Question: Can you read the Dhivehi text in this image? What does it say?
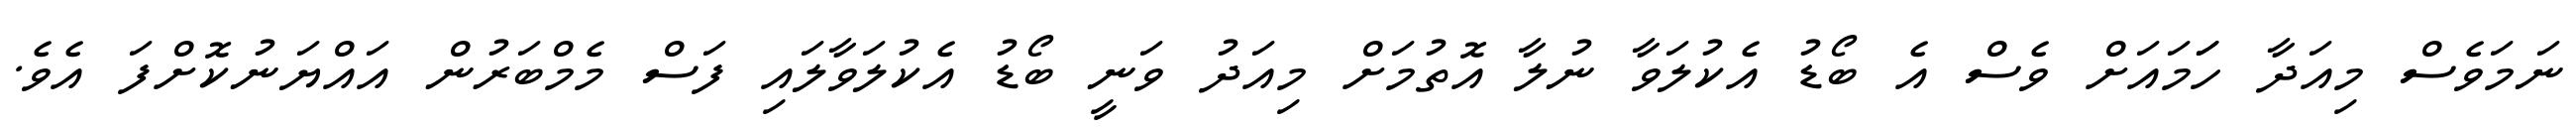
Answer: ނަމަވެސް މިއަދާ ހަަމައަށް ވެސް އެ ބޯޑު އެކުލަވާ ނުލާ އޮތުމަށް މިއަދު ވަނީ ބޯޑު އެކުލަވާލައި ފަސް މެމްބަރުން އައްޔަނުކޮށްފަ އެވެ.